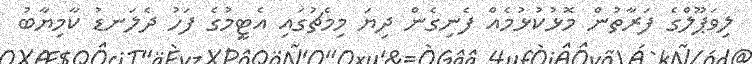
ލިވަޕޫލްގެ ފަރާތުން މޮޅުކުޅުމެއް ފެނިގެން ދިޔަ މިމެޗުގައި އެޓީމުގެ ފަހު ދެލަނޑު ކާމިޔާބު